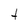
Character: t